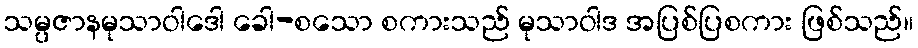
သမ္ပဇာနမုသာဝါဒေါ ခေါ-စသော စကားသည် မုသာဝါဒ အပြစ်ပြစကား ဖြစ်သည်။